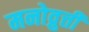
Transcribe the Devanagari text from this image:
मनोव्रुत्ती